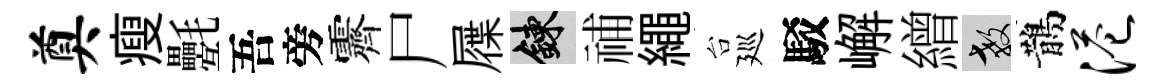
奠瘦氎吾旁霽尸屧練𥙷繩台廵駁嶰繒教鵲港